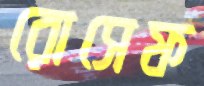
রোসেফ